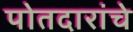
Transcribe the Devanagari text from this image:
पोतदारांचे